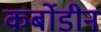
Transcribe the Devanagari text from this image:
कर्बोडीन